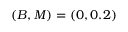
( B , M ) = ( 0 , 0 . 2 )